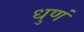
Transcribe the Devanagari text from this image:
धुणं